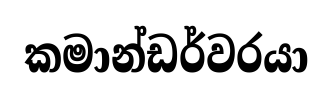
කමාන්ඩර්වරයා